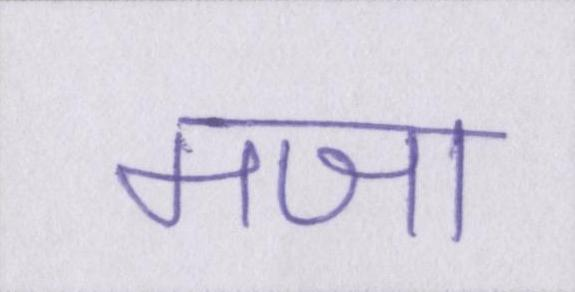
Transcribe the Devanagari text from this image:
मजा